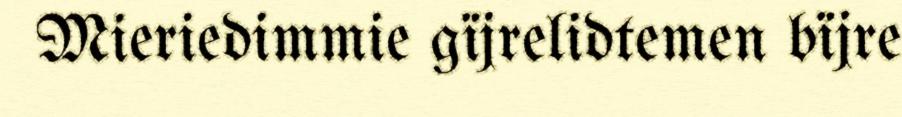
Mieriedimmie gïjrelidtemen bïjre